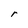
Character: r